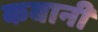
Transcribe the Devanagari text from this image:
कबानी